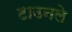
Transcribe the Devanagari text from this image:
टाउनले